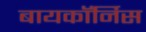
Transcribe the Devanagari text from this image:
बायकॉर्निस